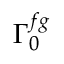
\Gamma _ { 0 } ^ { f g }